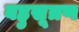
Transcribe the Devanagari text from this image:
बहुसूत्रण